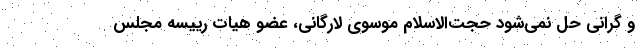
و گرانی حل نمی‌شود حجت‌الاسلام موسوی لارگانی، عضو هیات رییسه مجلس